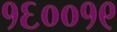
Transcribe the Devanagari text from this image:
१६००१९